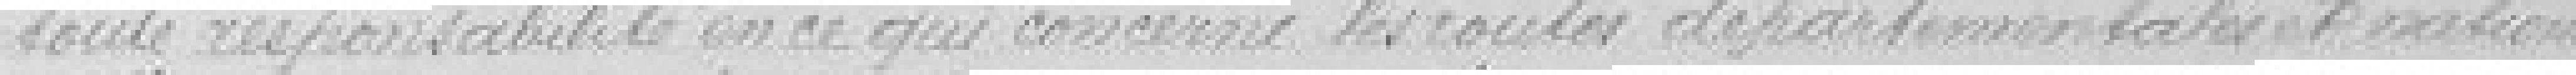
toute responsabilité en ce qui concerne les routes départementales et nationales.